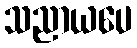
သညာယပေ